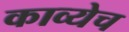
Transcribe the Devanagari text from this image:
काव्येच